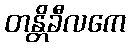
တန္တိခီလကေ